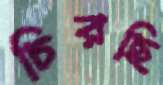
চিরছি